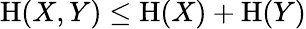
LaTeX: \mathrm{H}(X,Y)\leq\mathrm{H}(X)+\mathrm{H}(Y)